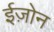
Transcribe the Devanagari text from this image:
ईज़ोन